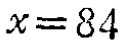
\(x = 84\)